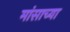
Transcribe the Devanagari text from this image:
मांसाच्या